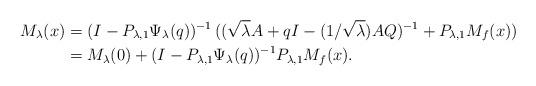
LaTeX: \begin{align*} M_\lambda(x) & = (I - P_{\lambda,1} \Psi_\lambda(q))^{-1} \, ((\sqrt\lambda A + q I - (1/\sqrt\lambda) AQ)^{-1} + P_{\lambda,1} M_f(x))\\ & = M_\lambda(0) + (I - P_{\lambda,1} \Psi_\lambda(q))^{-1}P_{\lambda,1} M_f(x).\end{align*}